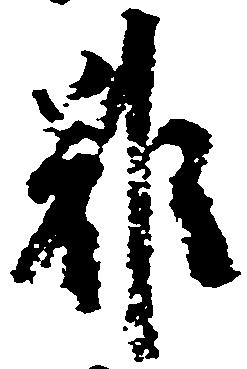
雖